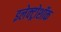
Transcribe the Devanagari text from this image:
इलेक्ट्रोशॉक